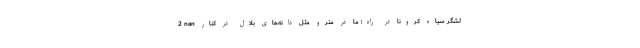
2 nan لشگر سیاه کرونا در راه؛ ما در مترو مثل دانه‌های بلال در کنار